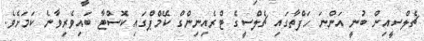
ޗެލްސީއިން ބުނީ އަންނަ ހަފްތާގައި ޗެލްސީގެ ޓްރެއިނިންގް ކޭމްޕްގައި ކޮސްޓާ ބައިވެރިވާނެ ކަމަށެވެ.